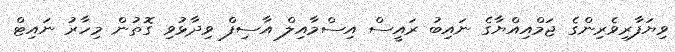
ވިޔަފާރިވެރިންގެ ޖަމްއިއްޔާގެ ނައިބު ރައީސް އިސްމާއިލް އާސިފް ވިދާޅުވި ގޮތުން މިހާރު ނައިޓް